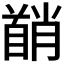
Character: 𬳘